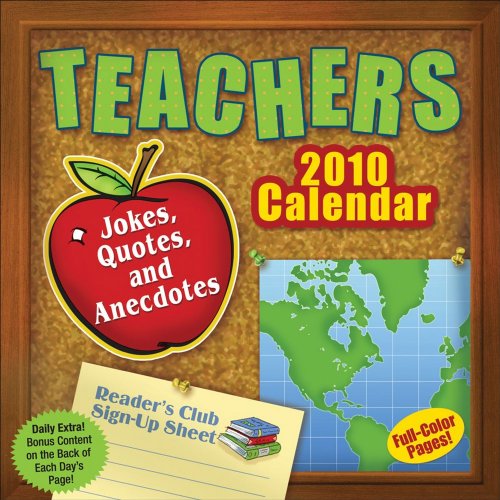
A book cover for Teachers: Jokes, Quotes, and Anecdotes: 2010 Day-to-Day Calendar; LLC Andrews McMeel Publishing; Calendars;